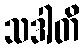
သဒါတိ